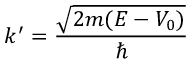
k ^ { \prime } = { \frac { \sqrt { 2 m ( E - V _ { 0 } ) } } { \hbar } }